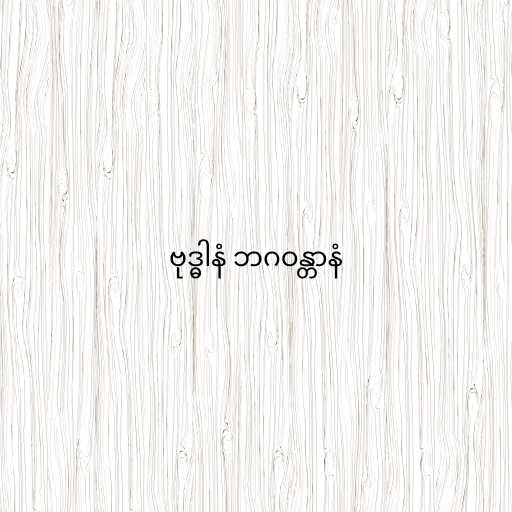
ဗုဒ္ဓါနံ ဘဂဝန္တာနံ